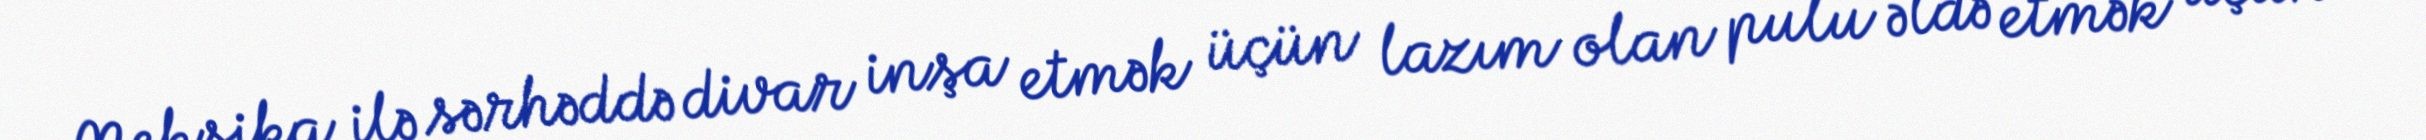
Meksika ilə sərhəddə divar inşa etmək üçün lazım olan pulu əldə etmək üçün